Scottish Leaving Certificate Examination, 1961
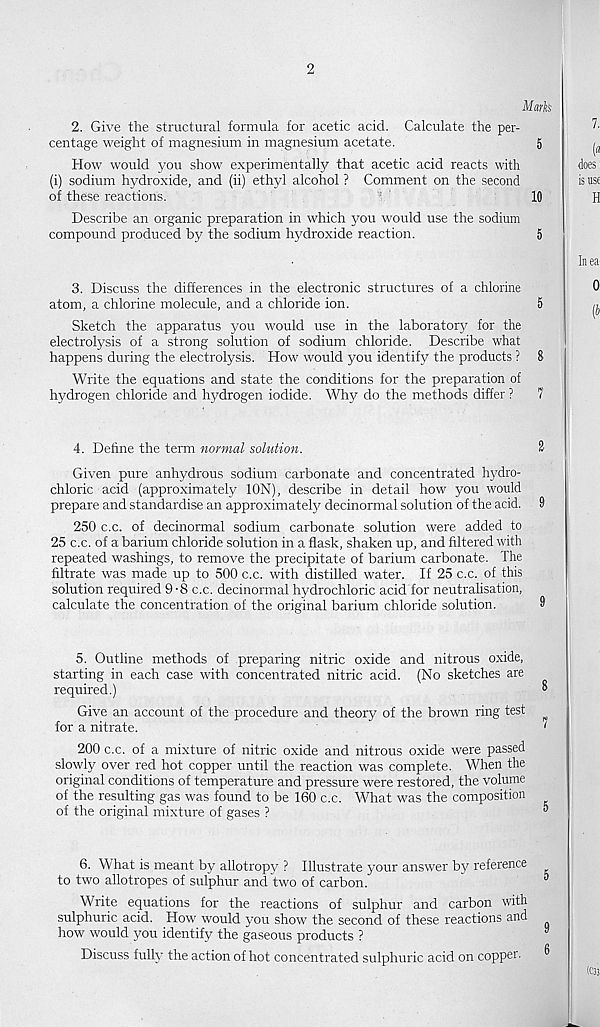
2. Give the structural formula for acetic acid. Calculate the per-
centage weight of magnesium in magnesium acetate.
How would you show experimentally that acetic acid reacts with
(i) sodium hydroxide, and (ii) ethyl alcohol ? Comment on the second
of these reactions.
Describe an organic preparation in which you would use the sodium
compound produced by the sodium hydroxide reaction.
3. Discuss the differences in the electronic structures of a chlorine
atom, a chlorine molecule, and a chloride ion.
Sketch the apparatus you would use in the laboratory for the
electrolysis of a strong solution of sodium chloride. Describe what
happens during the electrolysis. How would you identify the products ?
Write the equations and state the conditions for the preparation of
hydrogen chloride and hydrogen iodide. Why do the methods differ ?
4. Define the term normal solution.
Given pure anhydrous sodium carbonate and concentrated hydro-
chloric acid (approximately ION), describe in detail how you would
prepare and standardise an approximately decinormal solution of the acid.
250 c.c. of decinormal sodium carbonate solution were added to
25 c.c. of a barium chloride solution in a flask, shaken up, and filtered with
repeated washings, to remove the precipitate of barium carbonate. The
filtrate was made up to 500 c.c. with distilled water. If 25 c.c. of this
solution required 9-8 c.c. decinormal hydrochloric acid for neutralisation,
calculate the concentration of the original barium chloride solution.
5. Outline methods of preparing nitric oxide and nitrous oxide,
starting in each case with concentrated nitric acid. (No sketches are
required.)
Give an accoimt of the procedure and theory of the brown ring test
for a nitrate.
200 c.c. of a mixture of nitric oxide and nitrous oxide were passed
slowly over red hot copper until the reaction was complete. When the
original conditions of temperature and pressure were restored, the volume
of the resulting gas was found to be 160 c.c. What was the composition
of the original mixture of gases ?
6. What is meant by allotropy ? Illustrate your answer by reference
to two allotropes of sulphur and two of carbon.
Write equations for the reactions of sulphur and carbon with
sulphuric acid. How would you show the second of these reactions and
how would you identify the gaseous products ?
Discuss fully the action of hot concentrated sulphuric acid on copper.